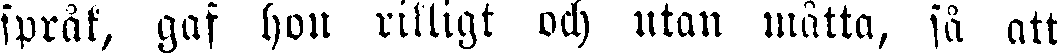
språk, gaf hov rikligt och utan måtta, så att